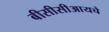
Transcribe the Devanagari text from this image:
बीसीसीआयचे